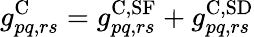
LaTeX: g_{pq,rs}^{\mathrm{C}}=g_{pq,rs}^{\mathrm{C,SF}}+g_{pq,rs}^{\mathrm{C,SD}}